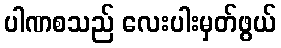
ပါဏစသည် လေးပါးမှတ်ဖွယ်